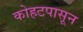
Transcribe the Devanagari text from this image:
कोहटपासून